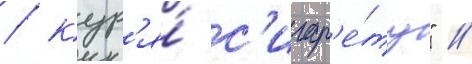
/ кур'я́ с'игар'е́ту" //